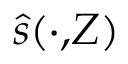
\hat { s } ( \cdot , \! Z )